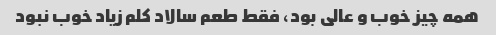
همه چیز خوب و عالی بود، فقط طعم سالاد کلم زیاد خوب نبود